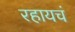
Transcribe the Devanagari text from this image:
रहायचं